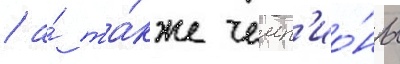
/ а́ та́кже чемп'ио́ны